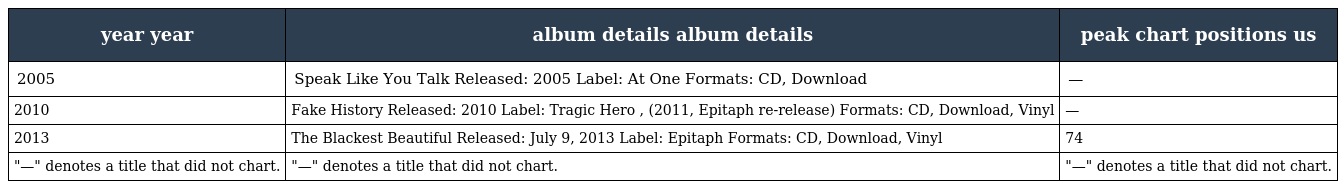
| year year | album details album details | peak chart positions us |
 | --- | --- | --- |
 | 2005 | Speak Like You Talk Released: 2005 Label: At One Formats: CD, Download | — |
 | 2010 | Fake History Released: 2010 Label: Tragic Hero , (2011, Epitaph re-release) Formats: CD, Download, Vinyl | — |
 | 2013 | The Blackest Beautiful Released: July 9, 2013 Label: Epitaph Formats: CD, Download, Vinyl | 74 |
 | "—" denotes a title that did not chart. | "—" denotes a title that did not chart. | "—" denotes a title that did not chart. |